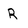
Character: R